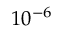
1 0 ^ { - 6 }